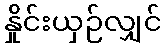
နှိုင်းယှဉ်လျှင်